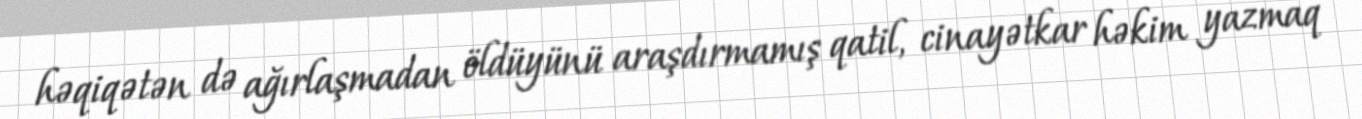
həqiqətən də ağırlaşmadan öldüyünü araşdırmamış qatil, cinayətkar həkim yazmaq